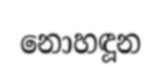
නොහඳූන